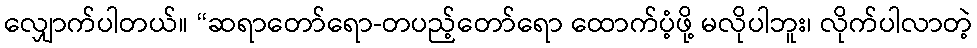
လျှောက်ပါတယ်။ “ဆရာတော်ရော-တပည့်တော်ရော ထောက်ပံ့ဖို့ မလိုပါဘူး၊ လိုက်ပါလာတဲ့